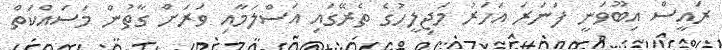
ރައީސް އިބޫވަނީ ފަނަރަ އަހަރު މަޖިލީހުގެ ތެރޭގައި އަސްލަމާއި ވަރަށް ގާތުން މަސައްކަތް